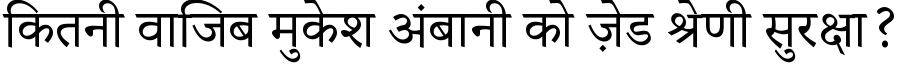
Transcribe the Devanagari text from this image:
कितनी वाजिब मुकेश अंबानी को ज़ेड श्रेणी सुरक्षा?